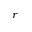
r